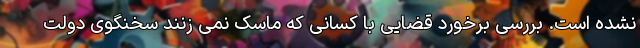
نشده است. بررسی برخورد قضایی با کسانی که ماسک نمی زنند سخنگوی دولت